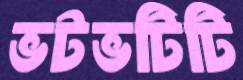
ভটভটিটি